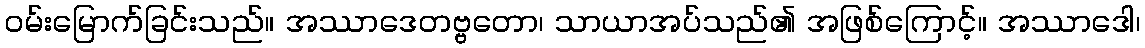
ဝမ်းမြောက်ခြင်းသည်။ အဿာဒေတဗ္ဗတော၊ သာယာအပ်သည်၏ အဖြစ်ကြောင့်။ အဿာဒေါ၊